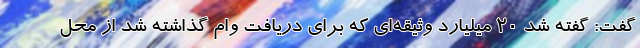
گفت: گفته شد ٢٠ میلیارد وثیقه‌ای که برای دریافت وام گذاشته شد از محل